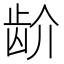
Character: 𬹼